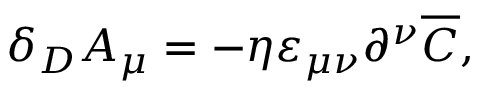
\delta _ { D } A _ { \mu } = - \eta \varepsilon _ { \mu \nu } \partial ^ { \nu } \overline { { C } } ,